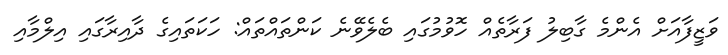
ވަޒީފާއަށް އެންމެ ގާބިލު ފަރާތެއް ހޮވުމުގައި ބެލެވޭނެ ކަންތައްތައް: ހަކަތައިގެ ދާއިރާގައި އިލްމާއި